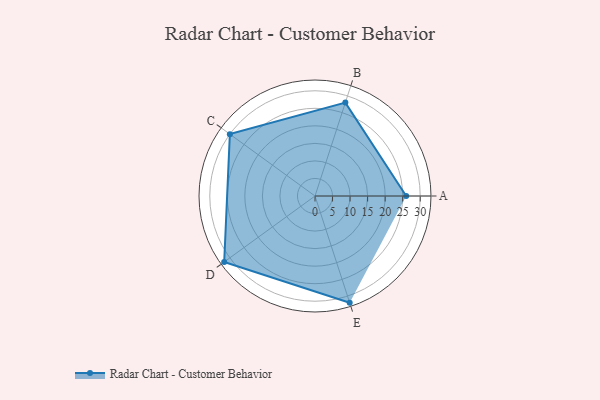
{"axis": {"x": "Skill", "y": "Score"}, "legend": ["Profile"], "data": [{"x": "A", "y": 26.0, "type": "Profile"}, {"x": "B", "y": 28.0, "type": "Profile"}, {"x": "C", "y": 30.0, "type": "Profile"}, {"x": "D", "y": 32.0, "type": "Profile"}, {"x": "E", "y": 32.0, "type": "Profile"}]}